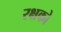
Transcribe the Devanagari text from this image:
रक्षको